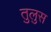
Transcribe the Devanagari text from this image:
तुलुस